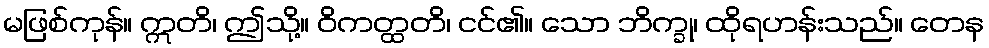
မဖြစ်ကုန်။ ဣတိ၊ ဤသို့။ ဝိကတ္ထတိ၊ ငင်၏။ သော ဘိက္ခု၊ ထိုရဟန်းသည်။ တေန